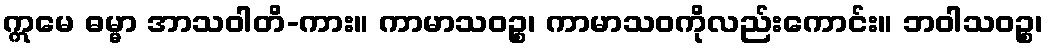
ဣမေ ဓမ္မာ အာသဝါတိ-ကား။ ကာမာသဝဉ္စ၊ ကာမာသဝကိုလည်းကောင်း။ ဘဝါသဝဉ္စ၊